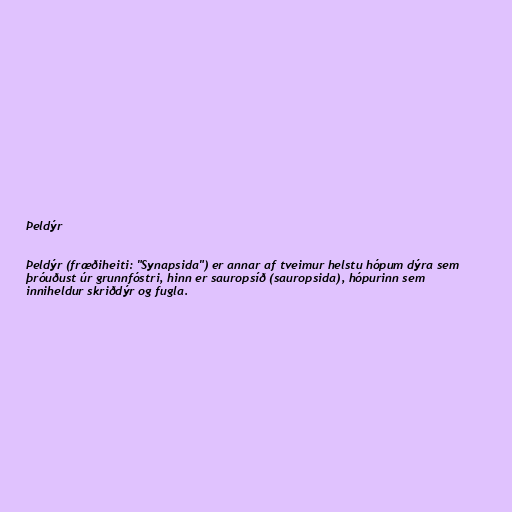
Þeldýr

Þeldýr (fræðiheiti: "Synapsida") er annar af tveimur helstu hópum dýra sem
þróuðust úr grunnfóstri, hinn er sauropsíð (sauropsida), hópurinn sem
inniheldur skriðdýr og fugla.